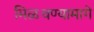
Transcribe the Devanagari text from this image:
मिळवण्यामागे